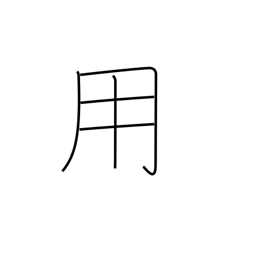
Meaning: use